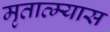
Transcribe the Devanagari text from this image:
मृतात्म्यास